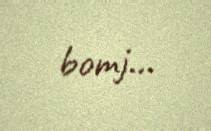
bomj...